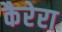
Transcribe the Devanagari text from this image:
कैरेरा